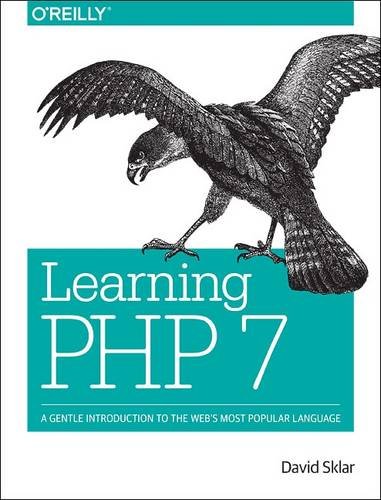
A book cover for Learning PHP 7: A Pain-Free Introduction to Building Interactive Web Sites; David Sklar; Computers & Technology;